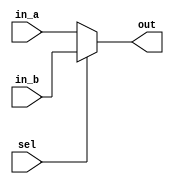
// ECE:3350 SISC processor project
// 32-bit mux

`timescale 1ns/100ps

module mux32 (in_a, in_b, sel, out);

  /*
   *  32-BIT MULTIPLEXER - mux32.v
   *
   *  Inputs:
   *   - in_a = output alu_result from alu (32 bits): First input to multiplexer. Selected when sel = 0.
   *   - in_b = 0 (32 bits): Second input. Selected when sel = 1.
   *   - sel = output wb_sel from ctrl: Selects which input propagates to output.
   *
   *  Outputs:
   *   - out = input write_data of rf (32 bits): Multiplexer output.
   *
   */

  input  [31:0] in_a;
  input  [31:0] in_b;
  input         sel;
  output [31:0] out;

  reg   [31:0] outreg;
   
  always @ (in_a, in_b, sel)
  begin
    if (sel == 1'b0)
      outreg = in_a;
    else
      outreg = in_b;
  end

  assign out = outreg;

endmodule